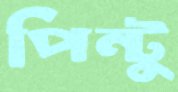
পিন্টু